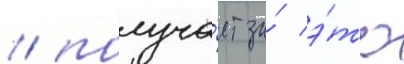
/ получа́ет за́ э́то